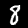
Label: 8